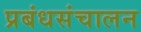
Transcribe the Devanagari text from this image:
प्रबंधसंचालन